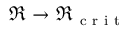
\Re \rightarrow \Re _ { \mathrm { ~ c ~ r ~ i ~ t ~ } }